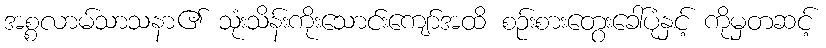
အစ္စလာမ်သာသနာ၏ သုံးသိန်းကိုးသောင်းကျော်အထိ စဉ်းစားတွေးခေါ်ပုံနှင့် ကိုမှတဆင့်